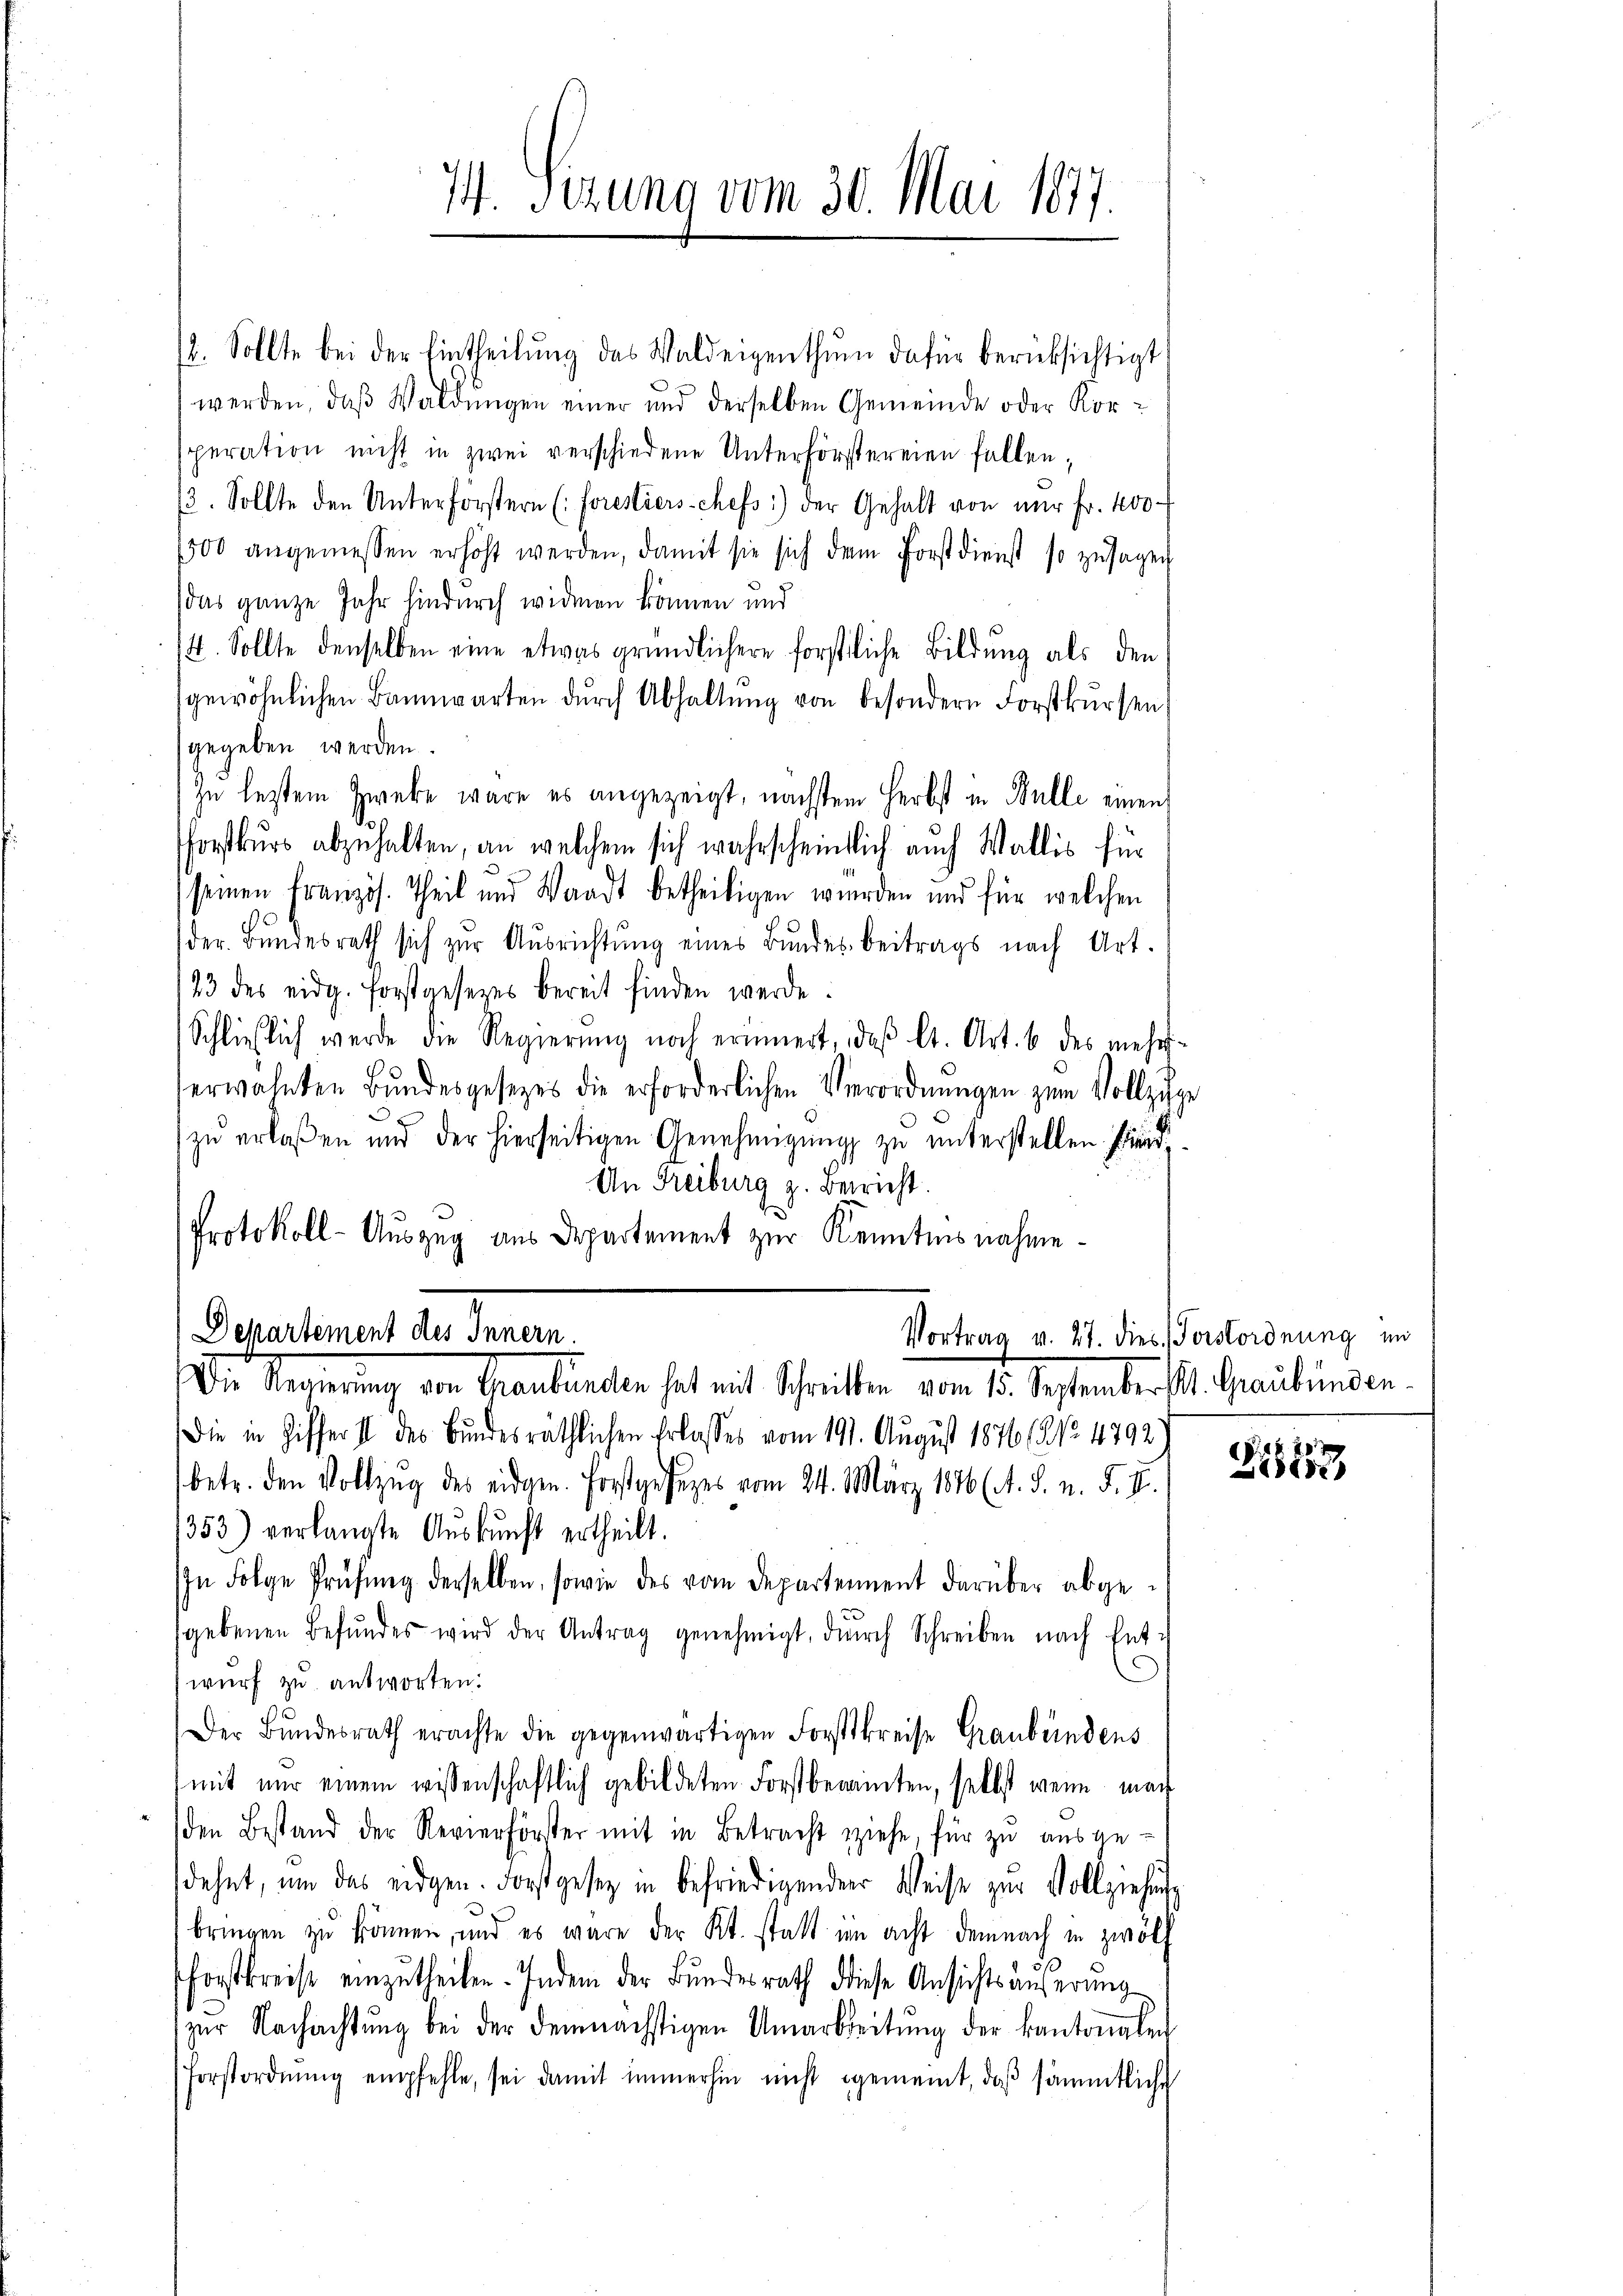
74. Sezung vom 30. Mai 1877.

12. Sollte bei der Eintheilŭng des Waldeigenthŭm dafür berücksichtigt
werden, daß Waldungen einer und derselben Gemeinde oder Korsperation nicht in zwei verschiedene Unterförstereien fallen;
3. Sollte den Unterforstern (Forestiers-Chefs:) der Gehalt von nur fr. 400
500 angemessen erhöht werden, damit sie sich dem Forstdienst so zusagen
das ganze Jahr hindurch widmen können und
14. Sollte denselben eine etwas gründlichere forstliche Bildung als den
gewöhnlichen Bannwarten durch Abhaltŭng von besondern Forstkursen
gegeben werden.
zu lestem Zweke wäre es angezeigt, nächstem Herbst in Bulle einen
forstkurs abzuhalten, an welchem sich wahrscheintlich auch Wallis für
seinen Französ. Theil und Waadt betheiligen wurden und für welchen
der Bundesrath sich zur Ausrichtung eines Bundesbeitrags nach Art.
23 des eidg. Forstgesetzes bereit finden werde.
Schließlich werde die Regierŭng noch erinnert, daβ lt. Art. 6 des mehrs-
erwähnten Bŭndesgesezes die erforderlichen Verordnŭngen zum Vollzige
zu erlaßen und der hierseitigen Genehmigŭng zu unterstellen sind.
An Freiburg z. Bericht.
Protokoll-Auszug aus Departement zur Kenntnisnahme.

Departement der Innern.
Vortrag v. 27. dies Vorstordnung in
r. Regierung den Graubünden hat mit Schritten vom 14. September St. Graubünden.

Die in Zifferst des Bundesräthlichen Erlasses vom 191. August 18761 No 4792
betr. den Vollzug des eidgen. Forstgesezes vom 24. März 1876 (A. S. n. F. II.
/353) verlangte Auskunft ertheilt.
In Folge Prüfung derselben, sowie des vom Departement darüber abgesgebenen Befŭndes wird der Antrag genehmigt, dŭrch Schreiben nach Ent-
wurf zu antworten.
Der Bŭndesrath erachte die gegenwärtigen Forstkreise Graubündens
mit nur einem wissenschaftlich gebildeten Forstberamten, selbst wenn mach
den Bestand der Revierförster mit in Betracht ziehe, für zu ausgedehnt, um das eidgen. Forstgesetz in befriedigenden Weise zur Vollziehung
bringen zŭ können, und es wäre der Kt. statt im acht demnach in zwölf
forstkreise einzutheilen. Indem der Bundesrath diese Ansichts äußerung
zŭr Nachachtŭng bei der demnächstigen Umarbeitŭng der kantonalen
Forstordnŭng empfehle, sei damit immerhin nicht gemeint, daβ sämmtliche

f 20 x
Liser